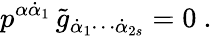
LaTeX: p^{\alpha\dot{\alpha}_{1}}\, \tilde{g}_{\dot{\alpha}_{1}\cdots\dot{\alpha}_{2s}}=0\ .